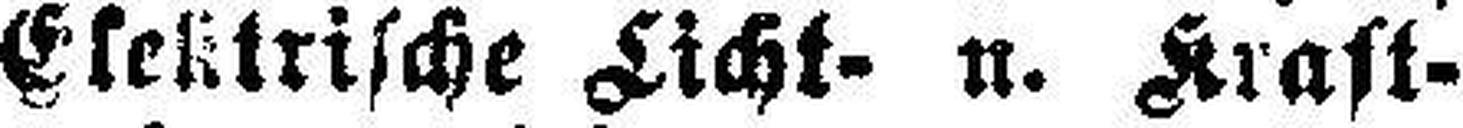
Elektrische Licht- u. Kraft¬